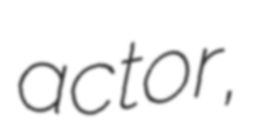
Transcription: actor,